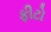
ફીટો